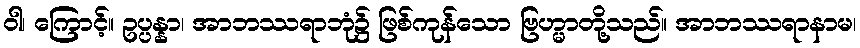
ဝါ၊ ကြောင့်။ ဥပ္ပန္နာ၊ အာဘဿရာဘုံ၌ ဖြစ်ကုန်သော ဗြဟ္မာတို့သည်။ အာဘဿရာနာမ၊